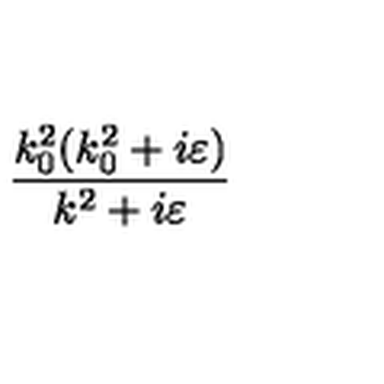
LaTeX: \frac { k _ { 0 } ^ { 2 } ( k _ { 0 } ^ { 2 } + i \varepsilon ) } { k ^ { 2 } + i \varepsilon }